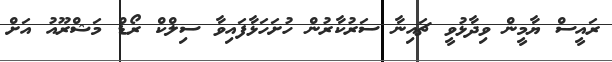
ރައީސް ޔާމީން ވިދާޅުވީ ޗައިނާ ސަރުކާރުން ހުށަހަޅާފައިވާ ސިލްކް ރޯޑް މަޝްރޫއު އަށް